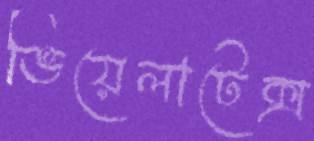
ভিয়েলাটেক্স